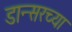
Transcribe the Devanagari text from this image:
डान्सरच्या